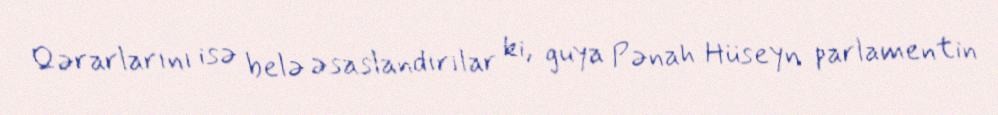
Qərarlarını isə belə əsaslandırılar ki, guya Pənah Hüseyn parlamentin